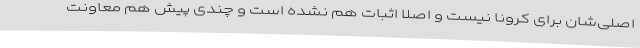
اصلی‌شان برای کرونا نیست و اصلا اثبات هم نشده است و چندی پیش هم معاونت